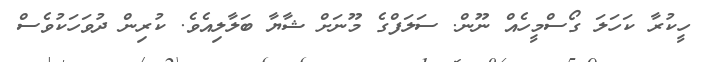
ހީކުރާ ކަހަލަ ގޯސްމީހެއް ނޫން. ސަލަފްގެ މޫނަށް ޝާޔާ ބަލާލިއެވެ. ކުރިން ދުވަހަކުވެސް